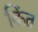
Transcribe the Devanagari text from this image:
किंत